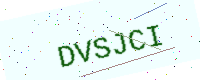
Text: DVSJCI